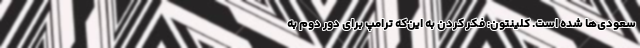
سعودی‌ها شده است. کلینتون: فکر کردن به این‌که ترامپ برای دور دوم به